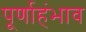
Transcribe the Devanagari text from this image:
पूर्णाहंभाव